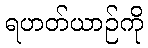
ရဟတ်ယာဉ်ကို